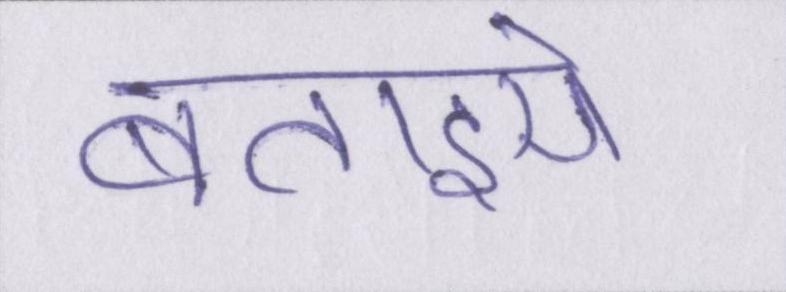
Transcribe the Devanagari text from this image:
बताइये